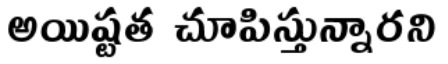
అయిష్టత చూపిస్తున్నారని